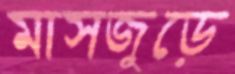
মাসজুড়ে